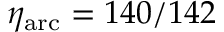
\eta _ { \mathrm { a r c } } = 1 4 0 / 1 4 2